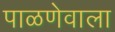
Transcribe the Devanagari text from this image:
पाळणेवाला